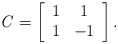
\begin{align*}{\it C} = \left[ \begin{array} {cccccccc}1&1\\1&-1\\\end{array} \right].\end{align*}